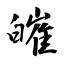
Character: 皠